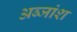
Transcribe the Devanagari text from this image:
अब्जांश